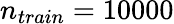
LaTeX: n_{train}=10000